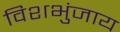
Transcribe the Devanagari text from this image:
विशभुंजाय